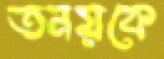
তনয়কে